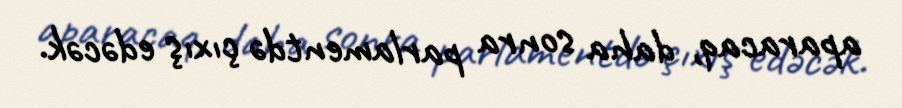
aparacaq, daha sonra parlamentdə çıxış edəcək.